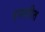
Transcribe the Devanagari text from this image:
उपस्तीत